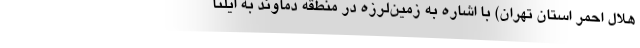
هلال احمر استان تهران) با اشاره به زمین‌لرزه‌ در منطقه دماوند به ایلنا